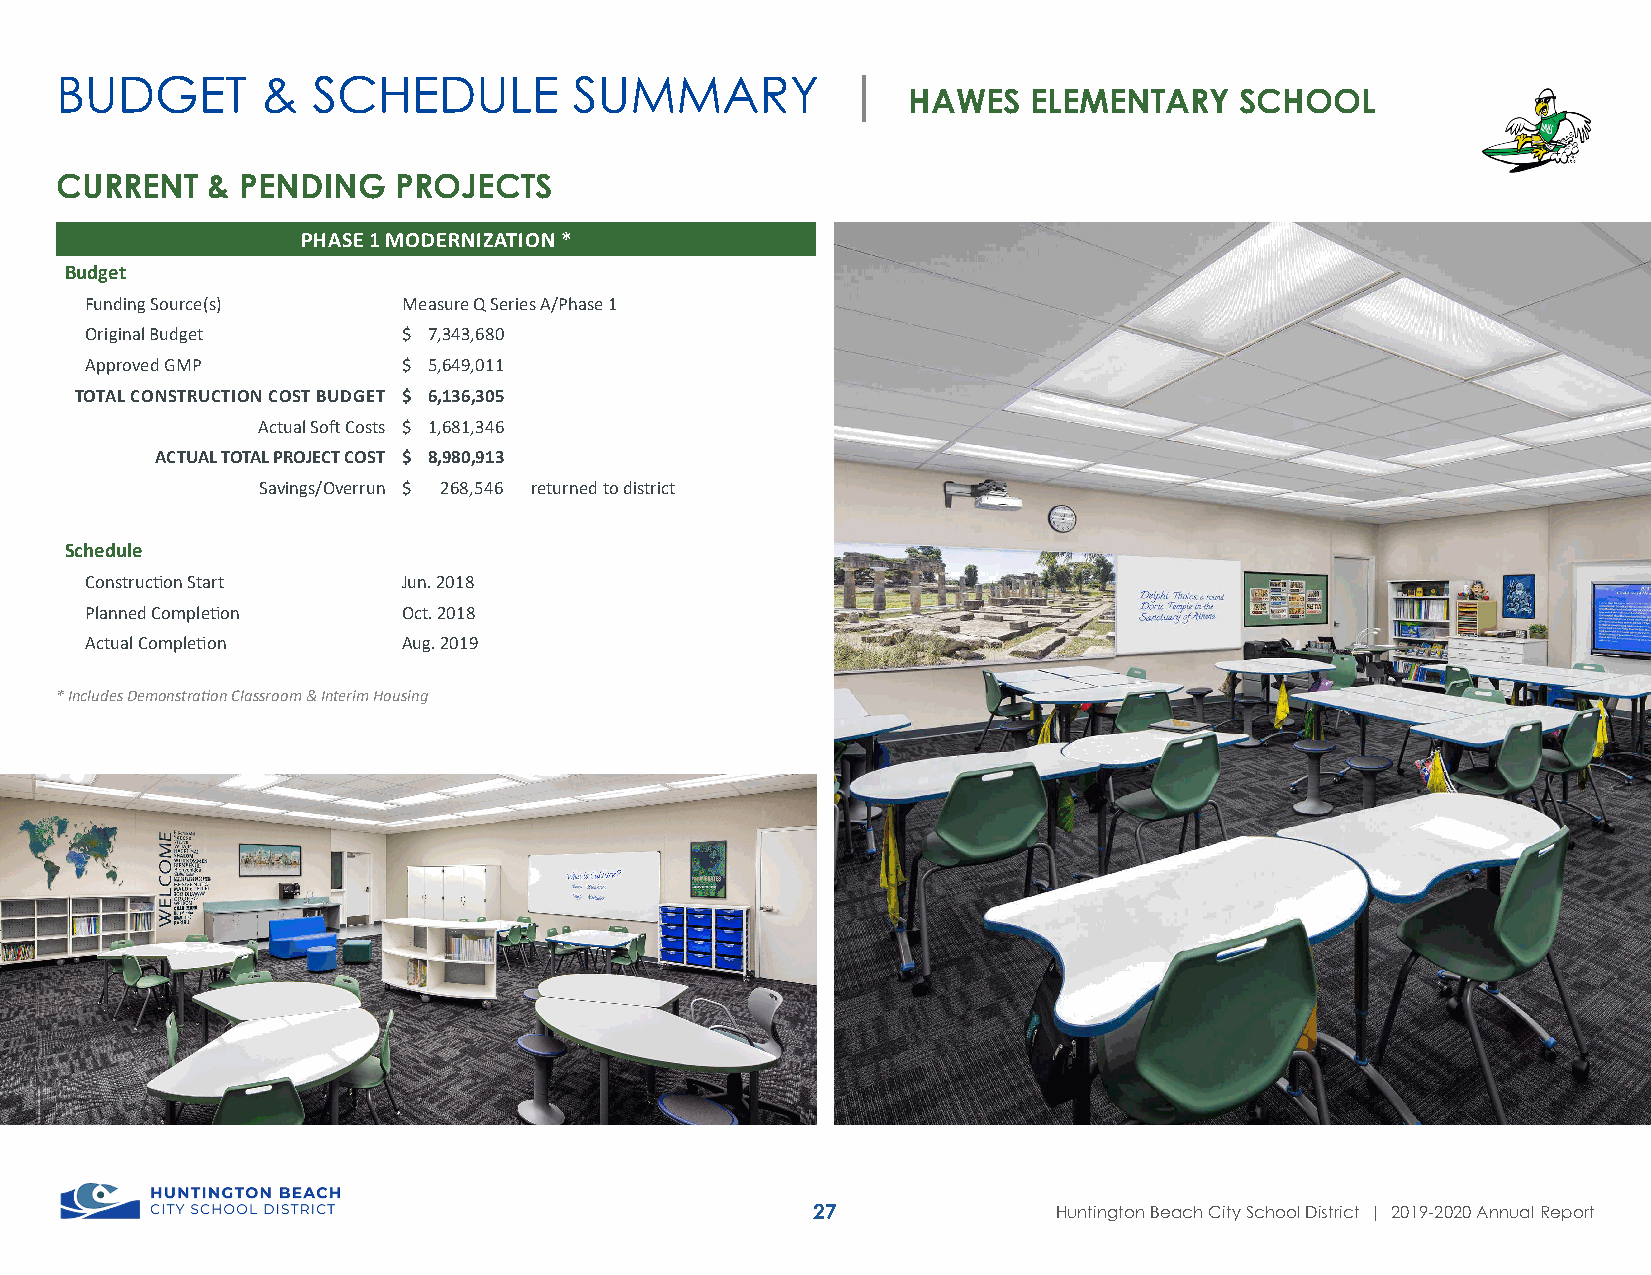
BUDGET       &   SCHEDULE         SUMMARY           |
 HAWES   ELEMENTARY    SCHOOL
 CURRENT   & PENDING   PROJECTS
 PHASE 1 MODERNIZATION *
 Budget
 Funding Source(s)    Measure Q Series A/Phase 1
 Original Budget      $ 7,343,680
 Approved GMP         $ 5,649,011
 TOTAL CONSTRUCTION COST BUDGET $ 6,136,305
 Actual Soft Costs $ 1,681,346
 ACTUAL TOTAL PROJECT COST $ 8,980,913
 Savings/Overrun $ 268,546 returned to district
 Schedule
 Construction Start   Jun. 2018
 Planned Completion   Oct. 2018
 Actual Completion    Aug. 2019
 * Includes Demonstration Classroom & Interim Housing
 27              Huntington Beach City School District | 2019-2020 Annual Report